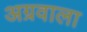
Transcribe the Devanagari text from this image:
अग्रवाला